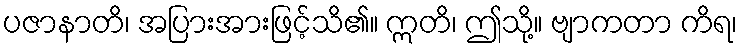
ပဇာနာတိ၊ အပြားအားဖြင့်သိ၏။ ဣတိ၊ ဤသို့။ ဗျာကတာ ကိရ၊